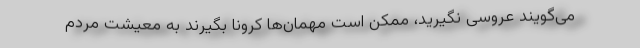
می‌گویند عروسی نگیرید، ممکن است مهمان‌ها کرونا بگیرند به معیشت مردم